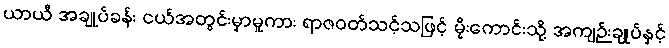
ယာယီ အချုပ်ခန်း ငယ်အတွင်းမှာမူကား ရာဇဝတ်သင့်သဖြင့် မိုးကောင်းသို့ အကျဉ်းချုပ်နှင့်